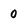
Character: 0